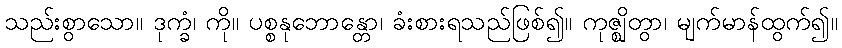
သည်းစွာသော။ ဒုက္ခံ၊ ကို။ ပစ္စနုဘောန္တော၊ ခံးစားရသည်ဖြစ်၍။ ကုဇ္ဈိတွာ၊ မျက်မာန်ထွက်၍။